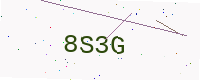
Text: 8S3G